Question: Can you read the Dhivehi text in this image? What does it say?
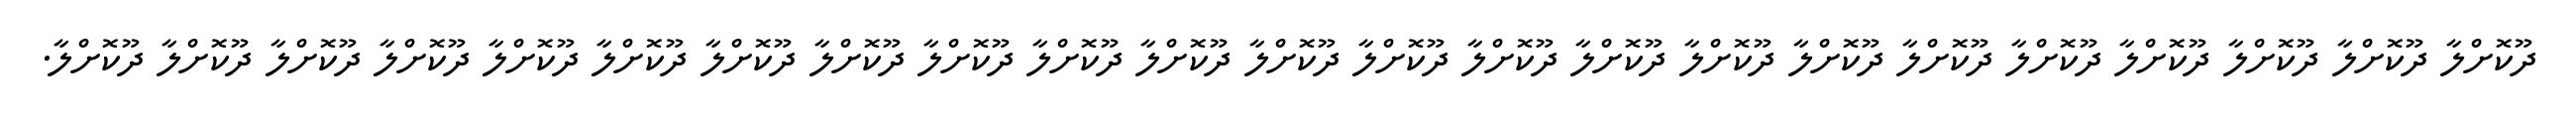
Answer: ދޫކޮށްލާ ދޫކޮށްލާ ދޫކޮށްލާ ދޫކޮށްލާ ދޫކޮށްލާ ދޫކޮށްލާ ދޫކޮށްލާ ދޫކޮށްލާ ދޫކޮށްލާ ދޫކޮށްލާ ދޫކޮށްލާ ދޫކޮށްލާ ދޫކޮށްލާ ދޫކޮށްލާ ދޫކޮށްލާ ދޫކޮށްލާ ދޫކޮށްލާ ދޫކޮށްލާ ދޫކޮށްލާ ދޫކޮށްލާ ދޫކޮށްލާ ދޫކޮށްލާ ދޫކޮށްލާ.